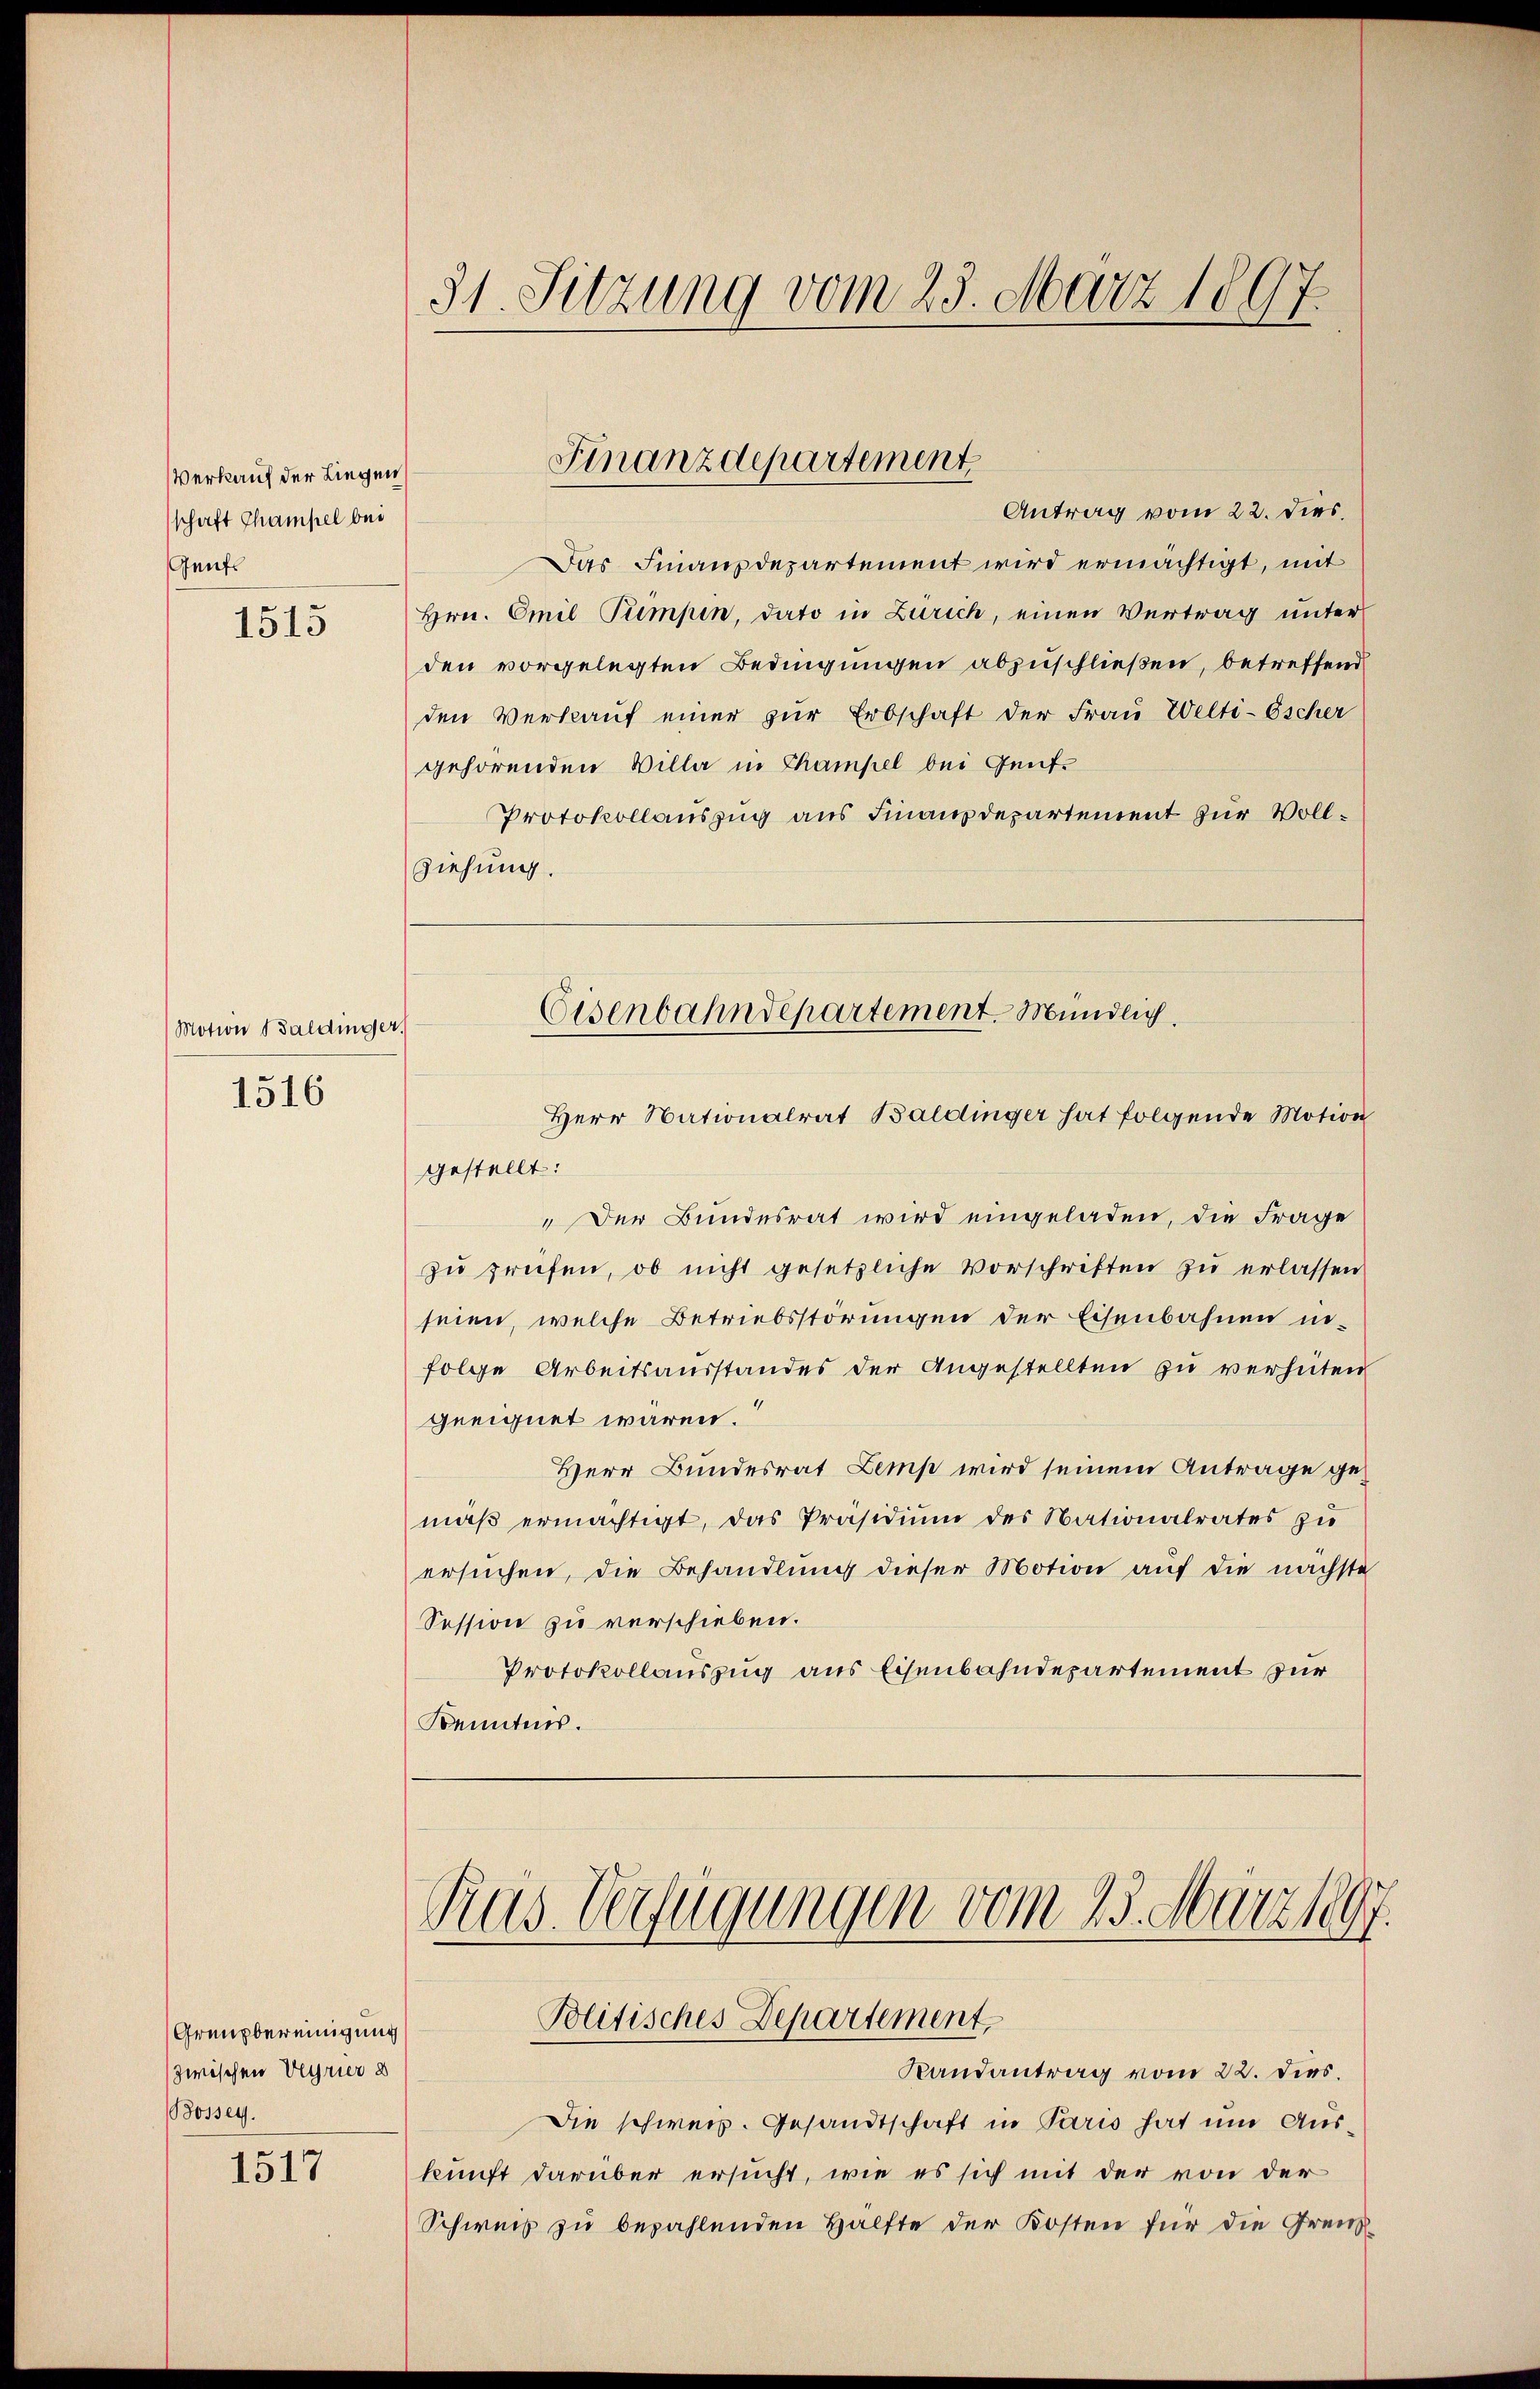
Verkauf der Liegen
schaft Champel bei
Gents

1515

Motion Baldinger.

1516

Grenzbereinigung
zwischen Verrier d
Bossey.

1517

31. Sitzung vom 25. März 1897

Das Finanzdepartement wird ermächtigt, mit
Hrn. Emil Pumpen, dato in Zürich, einen Vertrag unter
den vorgelegten Bedingungen abzuschließen, betreffend
den Verkauf einer zur Erbschaft der Frau Welti-Escher
gehörenden Villa in Champel bei Genf.
Protokollauszug aus Finanzdepartement zur Vollziehung.

Finanzdepartement
Antrag vom 22. dies.

Herr Nationalrat Baldinger hat folgende Motion
gestellt:
"Der Bundesrat wird eingeladen, die Frage
zu prüfen, ob nicht gesetzliche Vorschriften zu erlassen
seien, welche Betriebsstörungen der Eisenbahnen infolge Arbeitsausstandes der Angestellten zu verheiten
geeignet wären.
Herr Bundesrat Lemp wird seinem Antrage gemäβ ermächtigt, das Präsidium des Nationalrates zu
ersuchen, die Behandlung dieser Motion auf die nächste
Session zu verschieben.
Protokollauszug aus Eisenbahndepartement für
Kenntnis.

Eisenbahndepartement. Mündlich.

Rus Verfügungen vom 23. März 18
Politisches Departement,

Die schweiz. Gesandtschaft in Paris hat um Auskunft darüber ersucht, wie es sich mit der von der
Schweiz zu bezahlenden Hälfte der Kosten für die Grenz¬

Randantrag vom 22. dies.